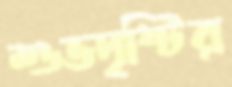
শুভদৃষ্টির